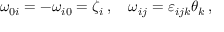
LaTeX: \omega _ { 0 i } = - \omega _ { i 0 } = \zeta _ { i } \, , \quad \omega _ { i j } = \varepsilon _ { i j k } \theta _ { k } \, ,